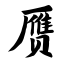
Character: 赝